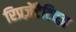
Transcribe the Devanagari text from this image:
रिप्रज़ेंटेटिवज़